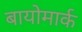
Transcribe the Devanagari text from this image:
बायोमार्क